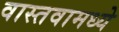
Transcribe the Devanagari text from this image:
वास्तवामध्ये